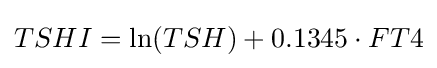
TSHI=\ln(TSH)+0.1345\cdot FT4